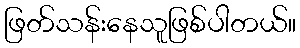
ဖြတ်သန်းနေသူဖြစ်ပါတယ်။